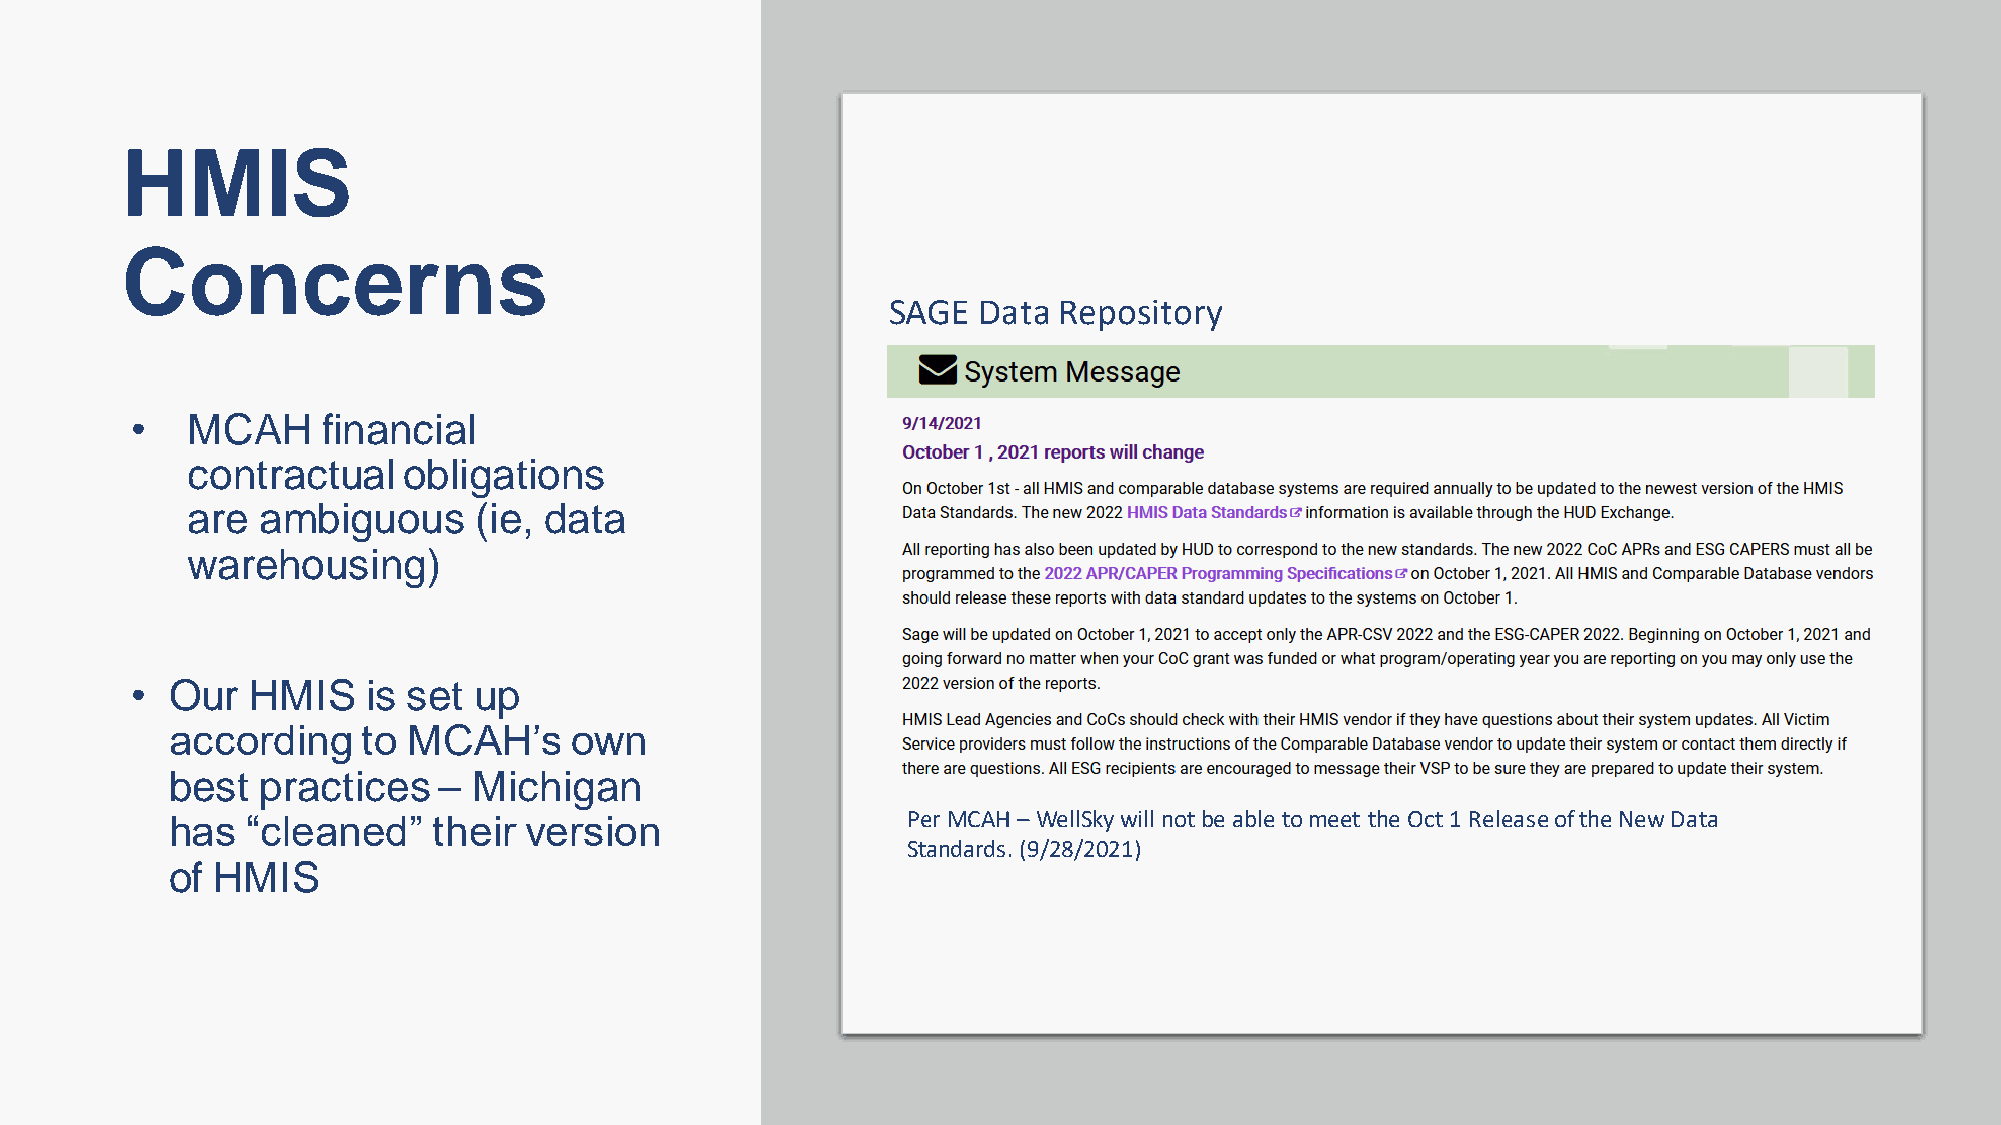
HMIS
 Concerns
 SAGE  Data Repository
 •  MCAH     financial
 contractual    obligations
 are  ambiguous     (ie, data
 warehousing)
 • Our   HMIS   is set up
 according    to MCAH’s     own
 best  practices   – Michigan
 has  “cleaned”    their version                  Per MCAH – WellSkywill not be able to meet the Oct 1 Release of the New Data
 Standards. (9/28/2021)
 of HMIS